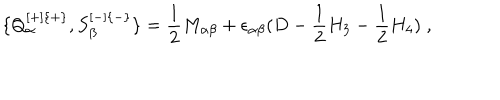
\{ Q _ { \alpha } ^ { [ + ] \{ + \} } , S _ { \beta } ^ { [ - ] \{ - \} } \} = { \frac { 1 } { 2 } } M _ { \alpha \beta } + \epsilon _ { \alpha \beta } ( D - { \frac { 1 } { 2 } } H _ { 3 } - { \frac { 1 } { 2 } } H _ { 4 } ) \; ,